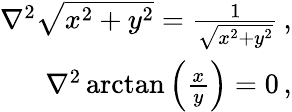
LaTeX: \begin{array}{r}{\nabla^{2}\sqrt{x^{2}+y^{2}}=\frac{1}{\sqrt{x^{2}+y^{2}}}\, ,}\\ {\nabla^{2}\arctan\left(\frac{x}{y}\right)=0\, ,}\end{array}